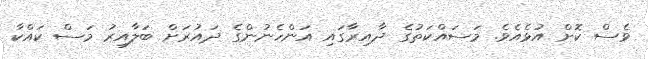
ވެސް ކޮށް އުޅެއެވެ. މަސައްކަތުގެ ދާއިރާގައި އަންހެނުންގެ ދައުރަށް ބަލާއިރު މަސް ކައްކާ